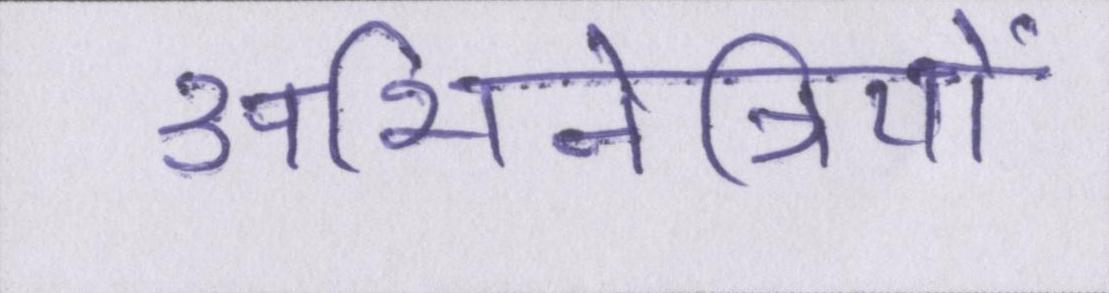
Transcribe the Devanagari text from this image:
अभिनेत्रियों